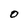
Character: O